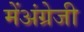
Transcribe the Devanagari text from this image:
मेंअंग्रेजी